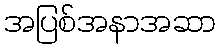
အပြစ်အနာအဆာ